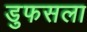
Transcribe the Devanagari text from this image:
डुफसला